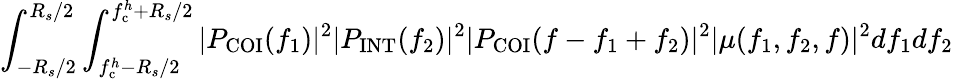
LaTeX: \int_{-R_{s}/2}^{R_{s}/2}\int_{f_{\mathrm{c}}^{h}-R_{s}/2}^{f_{\mathrm{c}}^{h}+R_{s}/2}|P_{\mathrm{COI}}(f_{1})|^{2}|P_{\mathrm{INT}}(f_{2})|^{2}|P_{\mathrm{COI}}(f-f_{1}+f_{2})|^{2}|\mu(f_{1},f_{2},f)|^{2}df_{1}df_{2}